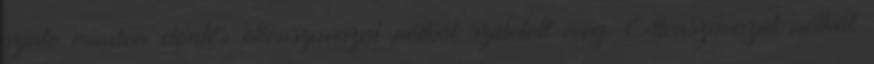
szinte minden döntés ellenszavazat nélkül született meg. Ellenszavazat nélkül